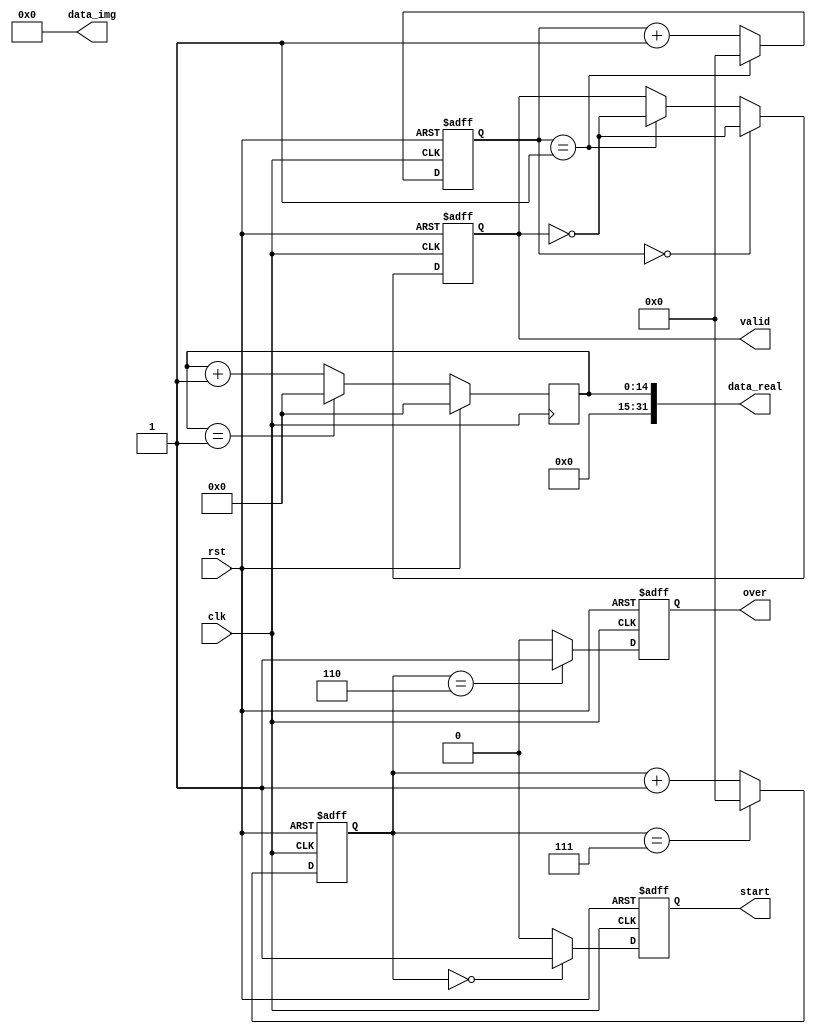
`timescale 1ns / 1ps
module data_gen #(parameter layer = 1)(
	input				clk,
	input				rst,
	output	[32-1:0]	data_real,
	output	[32-1:0]	data_img,
	output				valid,
	output				start,
	output				over
	);
	
	parameter			WAIT_CLK_NUM = 1<<layer;
	parameter			DATA_NUM = 1<<(layer+2);
	reg		[15:0]		PERIOD = 1<<layer;
	reg		[15-1:0]	data_real_tmp;
	reg		[15-1:0]	data_img_tmp;
	reg					valid_tmp;
	reg		[15:0]		counter_for_valid;
	reg		[15:0]		counter;
	reg					r_start;
	reg					r_ending;
	
	 always@(posedge clk or posedge rst) begin
		if(rst == 1'b1) begin
			valid_tmp	<=	'd0;
		end else begin
			if(counter_for_valid == (PERIOD)/2-1)begin
				valid_tmp	<=	~valid_tmp;
			end else if (counter_for_valid == PERIOD-1)begin
				valid_tmp	<=	~valid_tmp;
			end else begin
				valid_tmp	<=	valid_tmp;
			end
		end
	end 

	 always@(posedge clk or posedge rst) begin
		if(rst == 1'b1) begin
			counter_for_valid	<=	'd0;
		end else begin
			if(counter_for_valid == PERIOD-1)begin
				counter_for_valid	<=	0;
			end else begin
				counter_for_valid	<=	counter_for_valid+1;
			end
		end
	end 

	 always@(posedge clk or posedge rst) begin
		if(rst == 1'b1) begin
			counter	<=	'd0;
		end else begin
			if(counter == DATA_NUM-1)begin
				counter	<=	0;
			end else begin
				counter	<=	counter+1;
			end
		end
	end 


	 always@(posedge clk or posedge rst) begin
		if(rst == 1'b1) begin
			r_start	<=	'd0;
		end else begin
			if(counter == WAIT_CLK_NUM-1 - 1)begin
				r_start	<=	1;
			end else begin
				r_start	<=	0;
			end
		end
	end 

	 always@(posedge clk or posedge rst) begin
		if(rst == 1'b1) begin
				r_ending<=	'd0;
		end else begin
			if(counter == DATA_NUM-2)begin
				r_ending	<=	1;
			end else begin
				r_ending	<=	0;
			end
		end
	end 


	always@(posedge clk) begin
		if(rst == 1)begin
			data_real_tmp <= 0;
		end else begin
			if(data_real_tmp == PERIOD-1)begin
				data_real_tmp <= 0;
			end else begin
				data_real_tmp <= data_real_tmp + 1;
			end
		end
	end
	
	always@(posedge clk) begin
		if(rst == 1)begin
			data_img_tmp <= 0;
		end else begin
			if(data_img_tmp == 7)begin
				data_img_tmp <= 0;
			end else begin
				data_img_tmp <= data_img_tmp + 1;
			end
		end
	end

//fixed point number with 15 integer and 16 fraction part
	/* assign	data_real = {{1'b0},data_real_tmp,{16{1'b0}}}; */
	//assign	data_real = data_real_tmp << 16;
	assign	data_real = data_real_tmp;
	assign	data_img = 0;
	assign	valid = valid_tmp;
	assign	start = r_start;
	assign	over = r_ending;

endmodule